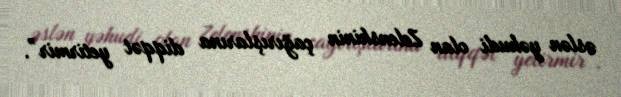
əslən yəhudi olan Zelenskinin çağırışlarına diqqət yetirmir”.